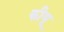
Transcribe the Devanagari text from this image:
कीयू